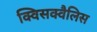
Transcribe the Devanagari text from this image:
क्विसक्वैलिस